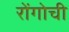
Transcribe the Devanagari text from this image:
रोंगोची